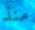
منذ